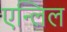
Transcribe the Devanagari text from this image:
एन्लिल